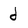
Character: d